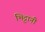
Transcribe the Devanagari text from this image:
भिट्टानी